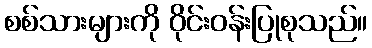
စစ်သားများကို ဝိုင်းဝန်းပြုစုသည်။